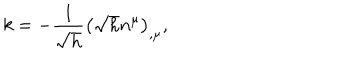
LaTeX: k = - \frac 1 { \sqrt { h } } \left( \sqrt { h } n ^ { \mu } \right) _ { , \mu } ,